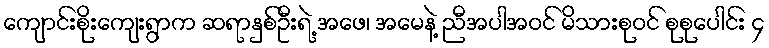
ကျောင်းစိုးကျေးရွာက ဆရာနှစ်ဦးရဲ့ အဖေ၊ အမေနဲ့ ညီအပါအဝင် မိသားစုဝင် စုစုပေါင်း ၄